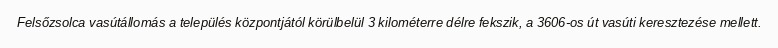
Felsőzsolca vasútállomás a település központjától körülbelül 3 kilométerre délre fekszik, a 3606-os út vasúti keresztezése mellett.